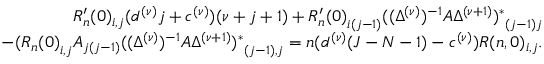
\begin{array} { r l r } & { } & { R _ { n } ^ { \prime } ( 0 ) _ { i , j } ( d ^ { ( \nu ) } j + c ^ { ( \nu ) } ) ( \nu + j + 1 ) + { R _ { n } ^ { \prime } ( 0 ) } _ { i ( j - 1 ) } { ( ( \Delta ^ { ( \nu ) } ) ^ { - 1 } A \Delta ^ { ( \nu + 1 ) } ) ^ { \ast } } _ { ( j - 1 ) j } } \\ & { } & { - ( { R _ { n } ( 0 ) } _ { i , j } A _ { j ( j - 1 ) } { ( ( \Delta ^ { ( \nu ) } ) ^ { - 1 } A \Delta ^ { ( \nu + 1 ) } ) ^ { \ast } } _ { ( j - 1 ) , j } = n ( d ^ { ( \nu ) } ( J - N - 1 ) - c ^ { ( \nu ) } ) R ( n , 0 ) _ { i , j } . } \end{array}